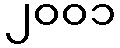
၂၀၀၁